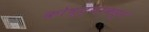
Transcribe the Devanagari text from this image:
कोष्ट्याकडून